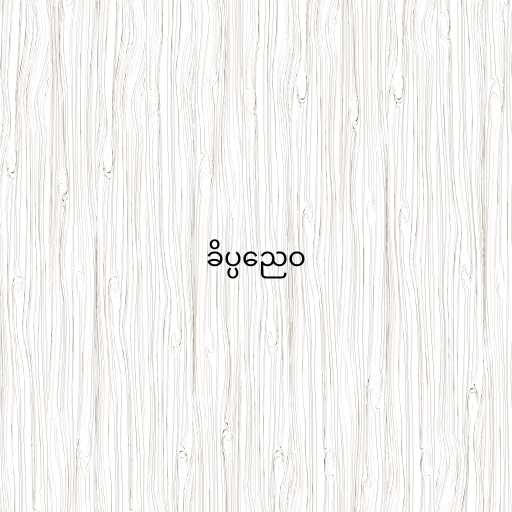
ခိပ္ပညေဝ